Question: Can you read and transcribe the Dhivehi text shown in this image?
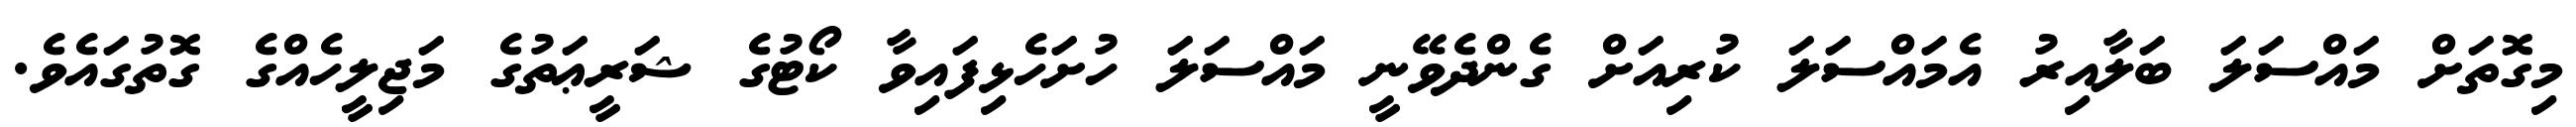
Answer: މިގޮތަށް މައްސަލަ ބަލާއިރު އެމައްސަލަ ކުރިއަށް ގެންދެވޭނީ މައްސަލަ ހުށަހެޅިފައިވާ ކޯޓުގެ ޝަރީޢަތުގެ މަޖިލީހެއްގެ ގޮތުގައެވެ.